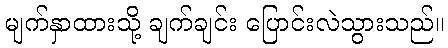
မျက်နှာထားသို့ ချက်ချင်း ပြောင်းလဲသွားသည်။